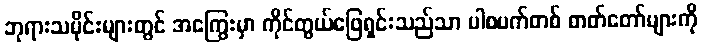
ဘုရားသမိုင်းများတွင် အကြွေးမှာ ကိုင်တွယ်ဖြေရှင်းသည်သာ ပါစပက်တစ် ဓာတ်တော်များကို